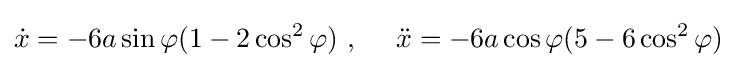
{\dot {x}}=-6a\sin \varphi (1-2\cos ^{2}\varphi )\ ,\quad \ {\ddot {x}}=-6a\cos \varphi (5-6\cos ^{2}\varphi )\